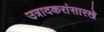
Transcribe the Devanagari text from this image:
उत्रादकरांसारखे